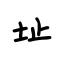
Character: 址